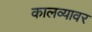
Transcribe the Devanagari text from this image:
कालव्यावर